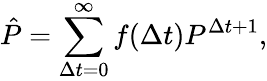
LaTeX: \hat{P}=\sum_{\Delta t=0}^{\infty}f(\Delta t)P^{\Delta t+1},